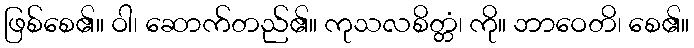
ဖြစ်စေ၏။ ဝါ၊ ဆောက်တည်၏။ ကုသလစိတ္တံ၊ ကို။ ဘာဝေတိ၊ စေ၏။